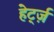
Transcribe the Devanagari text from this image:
हेर्ट्ज़